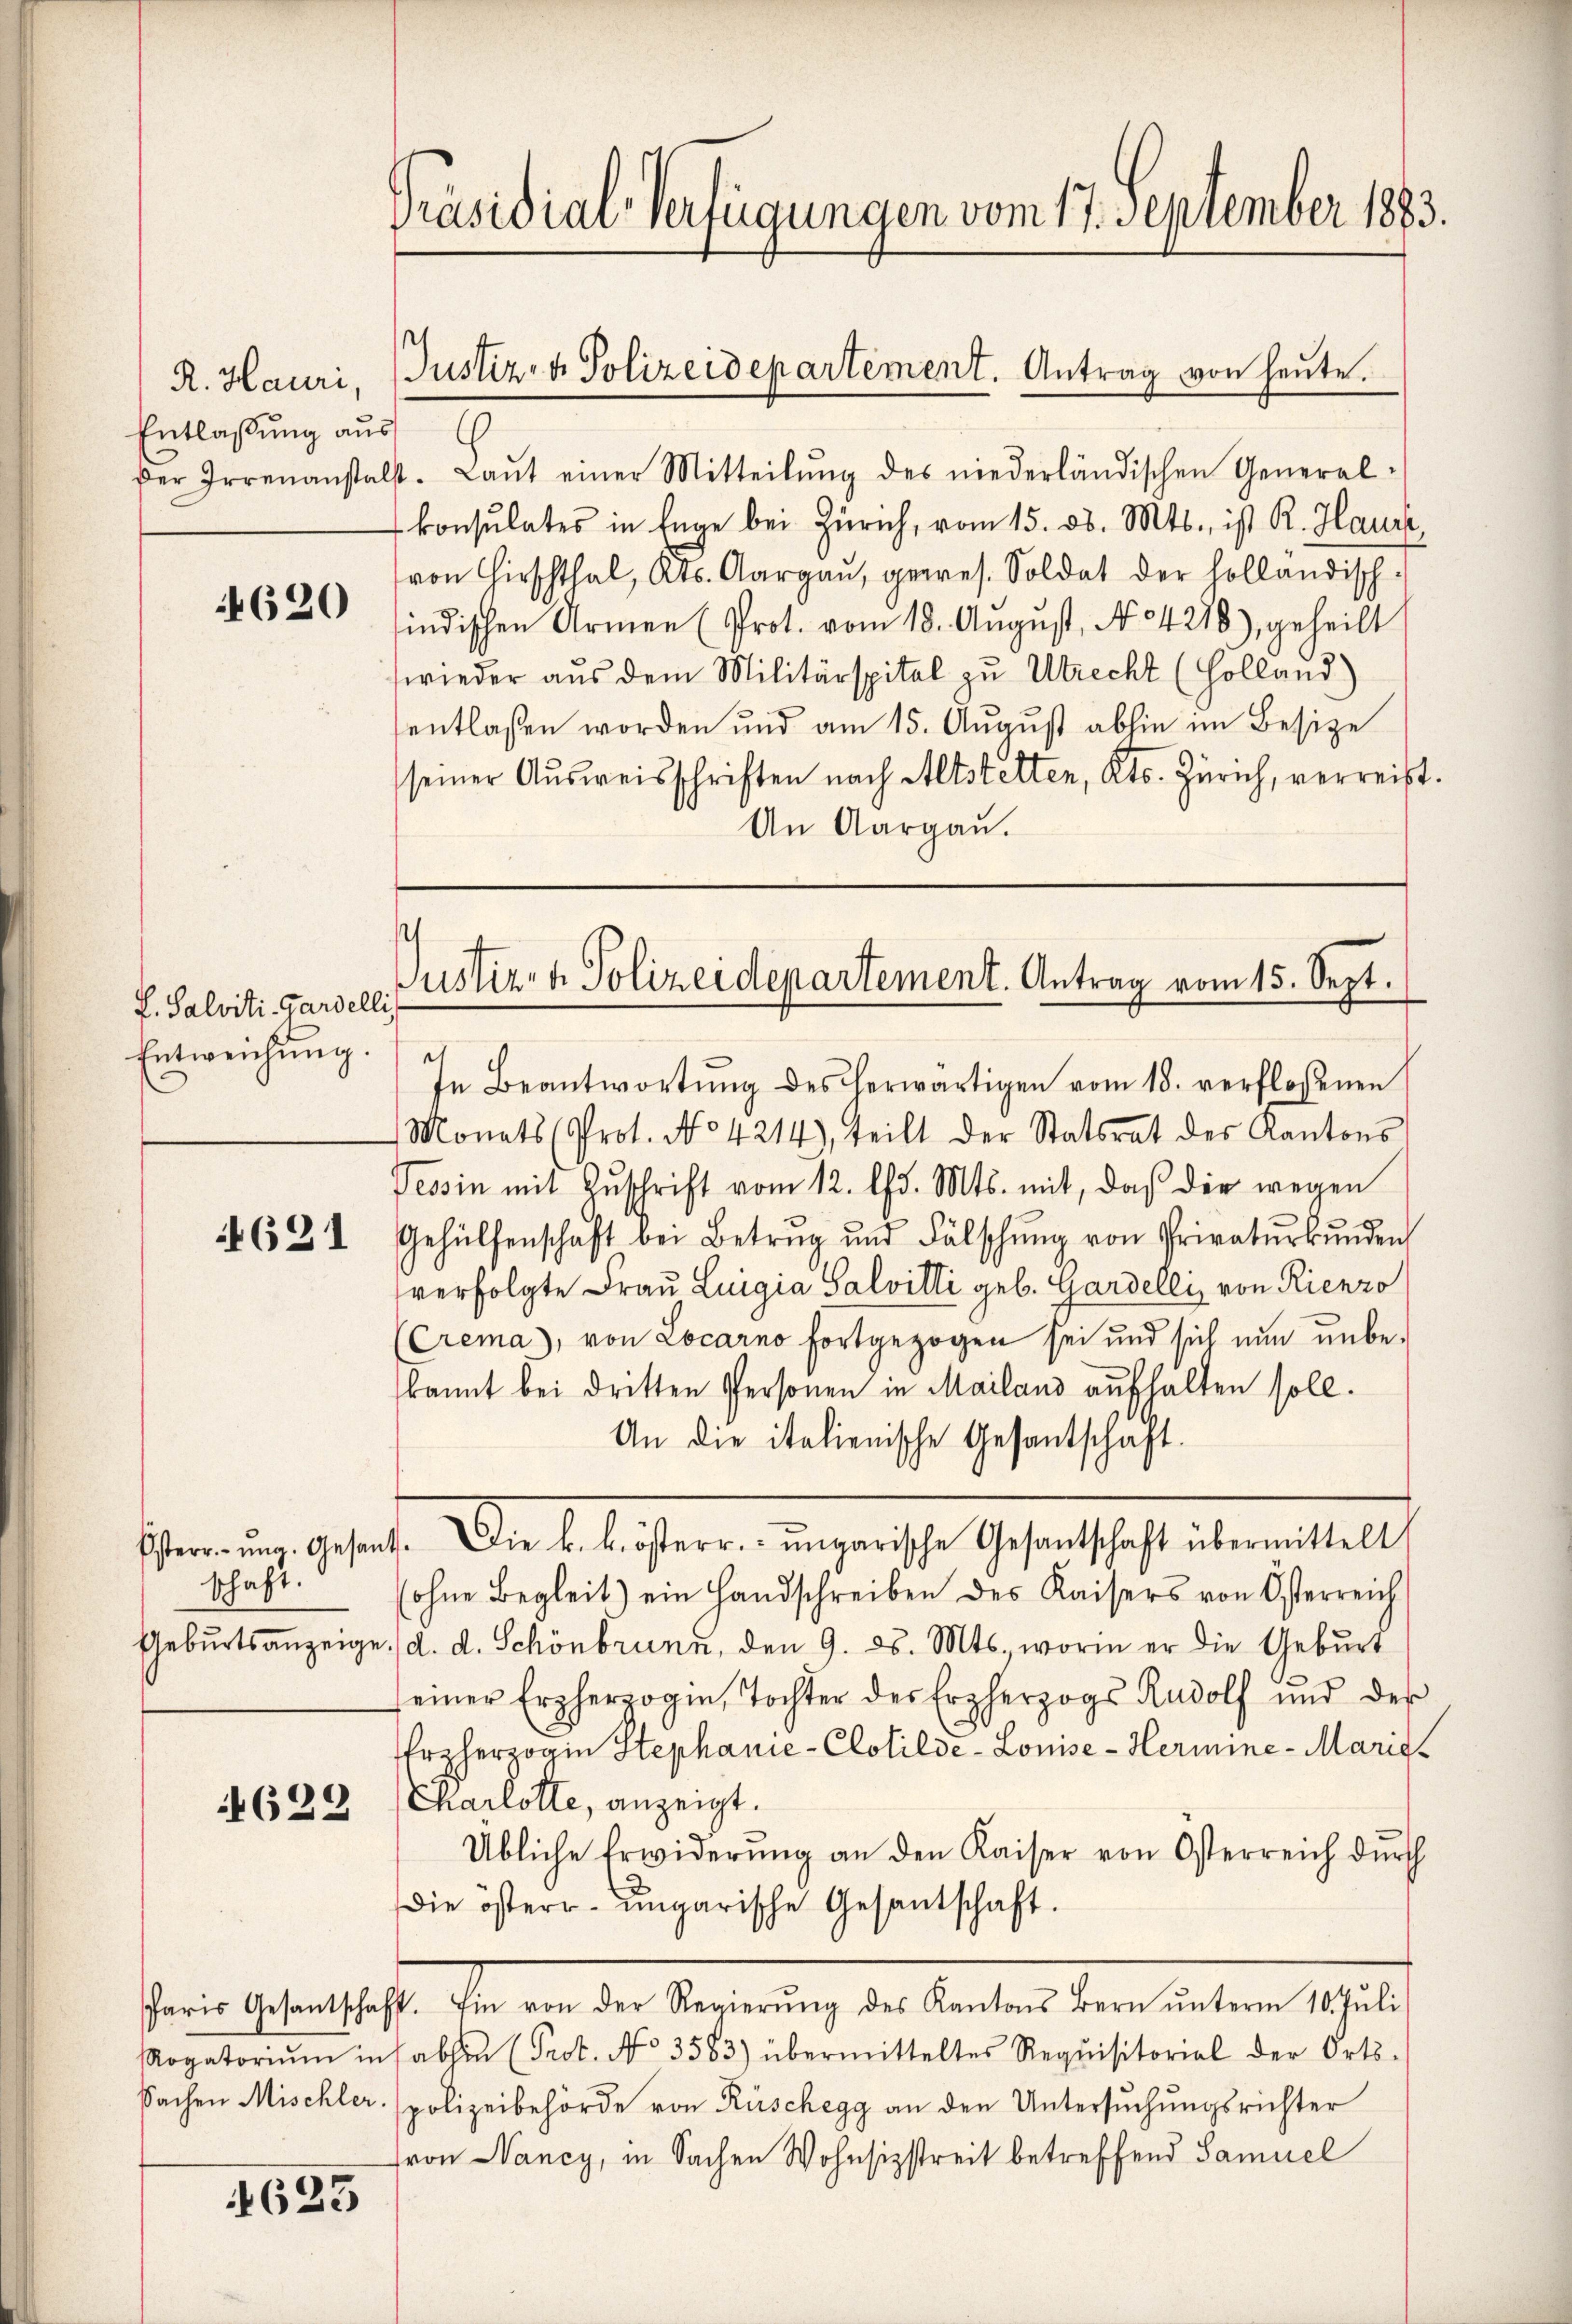
R. Hauri,
Entlassung aus
Der Irrenansta

4620

f. Salviti-Gardelli
Entweichung.

621

schaft.

622

625

Präsidial-Verfügungen vom 17. September 1883.

Justiz- & Polizeidepartement. Antrag von heŭte.

s
Justiz- & Polizeidepartement. Antrag vom 15. Sept.
In Beantwortŭng des herwärtigen vom 18. verfloßenen

4. Laŭt einer Mitteilŭng des niederländischen General-
konsulates in Enge bei Zürich, vom 15. d. Mts., ist R. Hause,
von Hirschthal, Kts. Aargaŭ, gewes. Soldat der holländisch-
indischen Armen (Prot. vom 18. August, N. 4218), geheilt
wieder aus dem Militärspital zu Utrecht (Holland)
entlassen worden und am 15. Aŭgŭst abhin im Besize
seiner Ausweisschriften nach Altstelten, Kts. Zürich, verreist.
An Aargaŭ.

Monats (Prot. No 4214), teilt der Statsrat des Kantons
Tessin mit Zŭschrift vom 12. lfd. Mts. mit, daβ der wegen
Gehülfenschaft bei Betrug und Fälschŭng von Privatŭrkŭnden
verfolgte Frau Luigia Salvitti geb. Gardelli, von Rienzo
(Crema), von Locarno fortgezogen sei und sich nun unbe-
kannt bei dritten Personen in Mailand aufhalten soll.
An die italienische Gesantschaft.
Gemeine Gehalte Verehelicheren eingerische Gestalt hat bereinstalt,
ohne Begleit) ein Handschreiben des Kaisers von Osterreich
Gebŭrtsanzeige, d. d. Schönbrunn, den 9. d. Mts., worin er die Geburt
seiner Erzherzogin, Tochter des Erzherzogs Rudolf und des
Erzherzogin Stephanie-Clotilde-Louise- Hermine-Maries
Charlotte, anzeigt.
Übliche Erwiderŭng an den Kaiser von Osterreich dŭrch
die österr. ungarische Gesantschaft.
Paris Gesantschaft. Ein von der Regierŭng des Kantons Bern ŭnterm 10. Jŭli
Rogatoriŭm ins abhin (Prot. No 3583) übermitteltes Requisitorial der Orts-
Sachen Mischler polizeibehörde von Rüschegg an den Untersuchungsrichter
von Nancy, in Sachen Wohnsizstreit betreffend Samuel